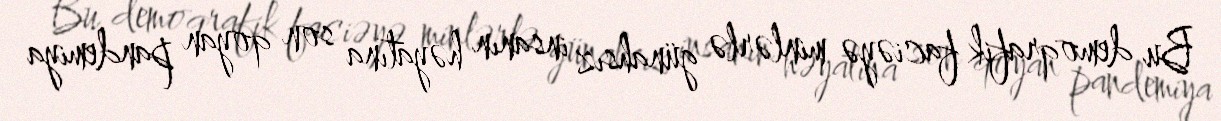
Bu demoqrafik faciəyə minlərlə günahsız insanın həyatına son qoyan pandemiya